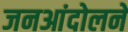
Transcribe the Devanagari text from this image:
जनआंदोलने